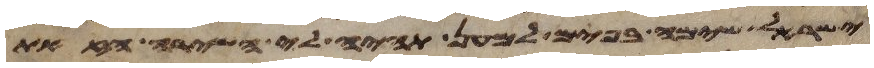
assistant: ישראל שימה בפים למען תהיה לי השירה הזאת